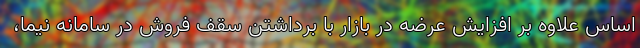
اساس علاوه بر افزایش عرضه در بازار با برداشتن سقف فروش در سامانه نیما،